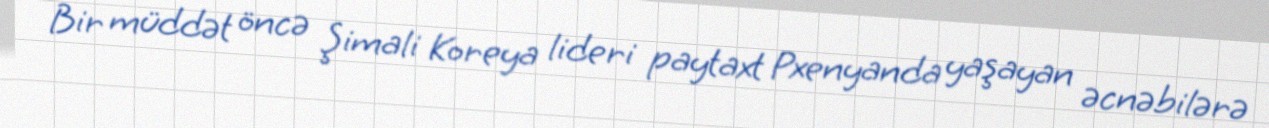
Bir müddət öncə Şimali Koreya lideri paytaxt Pxenyanda yaşayan əcnəbilərə